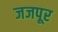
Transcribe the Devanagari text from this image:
जजपूर